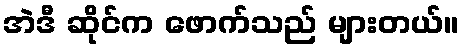
အဲဒီ ဆိုင်က ဖောက်သည် များတယ်။